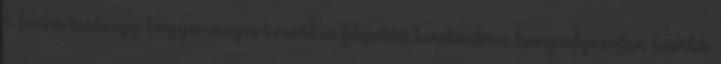
A fizika tantárgy hagyományos tematikus felépítésű kerettanterve hangsúlyozottan kísérleti